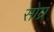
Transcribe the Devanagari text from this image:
सोय्रं